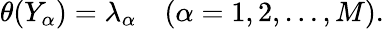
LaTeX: \begin{array}{r}{\theta(Y_{\alpha})=\lambda_{\alpha}\quad(\alpha=1,2,\dots,M).}\end{array}